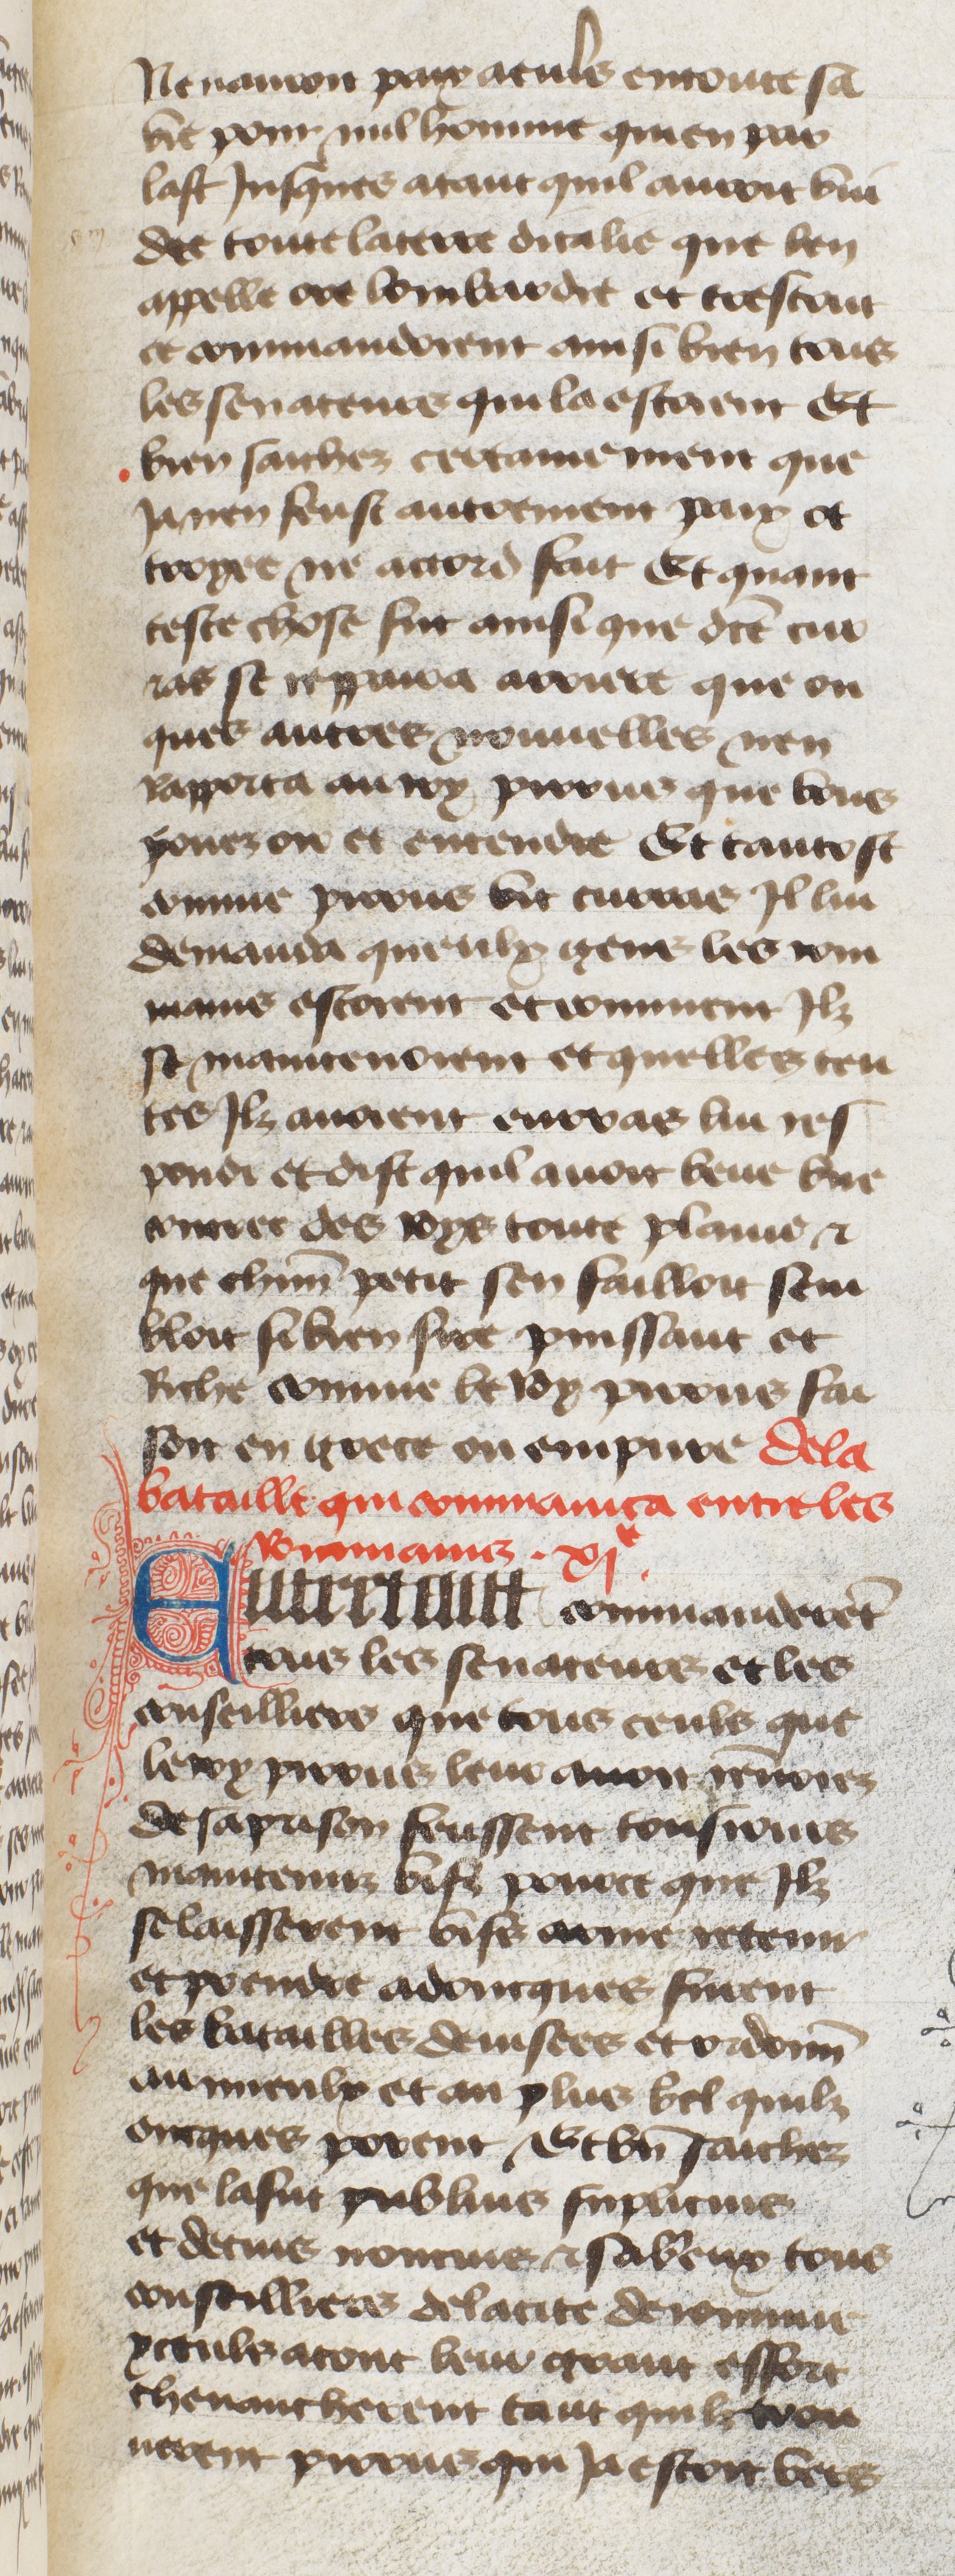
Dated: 1400–1449